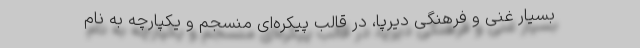
بسیار غنی و فرهنگی دیرپا، در قالب پیکره‌ای منسجم و یکپارچه به نام